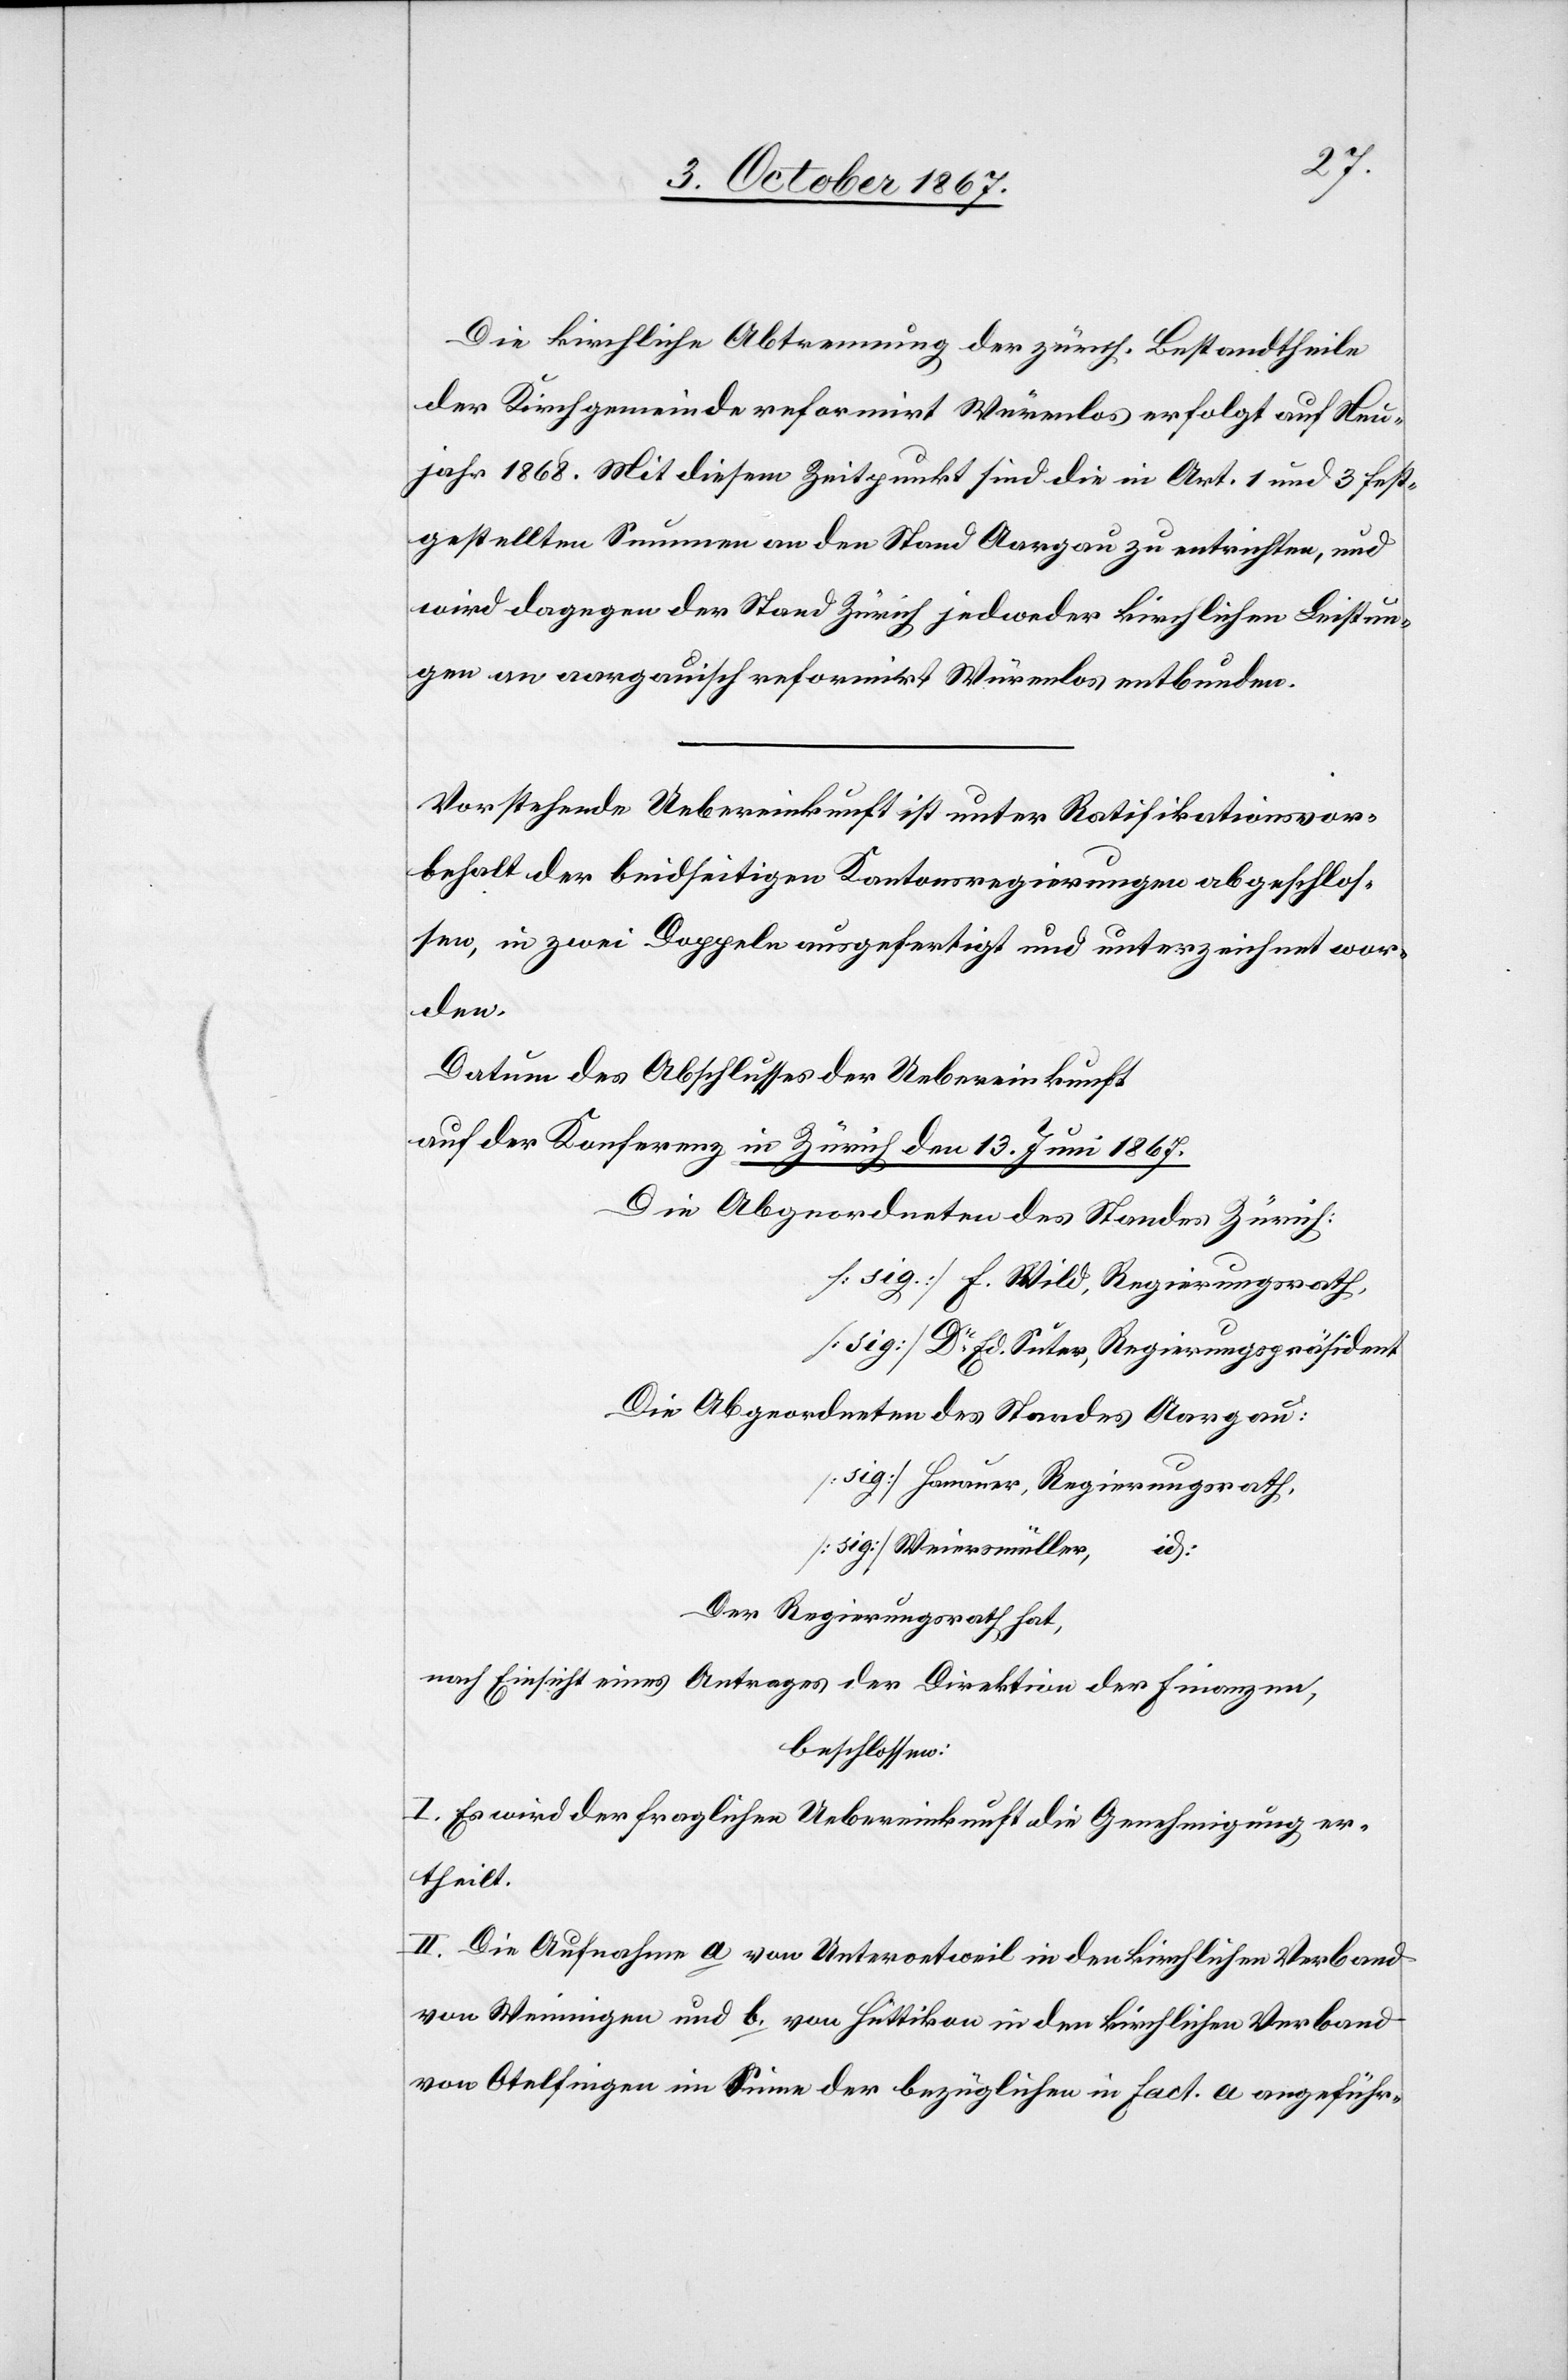
Die kirchliche Abtrennung der zürch. Bestandtheile
der Kirchgemeinde reformirt Würenlos erfolgt auf Neu¬
jahr 1868. Mit diesem Zeitpunkt sind die in Art. 1 und 3 fest¬
gestellten Summen an den Stand Aargau zu entrichten, und
wird dagegen der Stand Zürich jedweder kirchlichen Leistun¬
gen an aargauisch reformirt Würenlos entbunden.
Vorstehende Uebereinkunft ist unter Ratifikationsvor¬
behalt der beidseitigen Kantonsregierungen abgeschlos¬
sen, in zwei Doppel ausgefertigt und unterzeichnet wor¬
den.
Datum des Abschlusses der Uebereinkunft
auf der Konferenz in Zürich den 13. Juni 1867.
Die Abgeordneten des Standes Zürich:
[sig] F. Wild, Regierungsrath,
[sig] Dr. Ed. Suter, Regierungspräsident
Die Abgeordneten des Standes Aargau:
[sig] Hanauer, Regierungsrath,
[sig] Weiersmüller, id:
Der Regierungsrath hat,
nach Einsicht eines Antrages der Direktion der Finanzen,
beschlossen:
I. Es wird der fraglichen Uebereinkunft die Genehmigung er¬
theilt.
II. Die Aufnahme a. von Unteroetweil in den kirchlichen Verband
von Weiningen und b. von Hüttikon in den kirchlichen Verband
von Otelfingen im Sinne der bezüglichen in Fact. a angeführ-